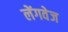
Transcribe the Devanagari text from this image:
लेंगवेज